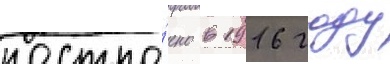
постро́ено в 1916 году